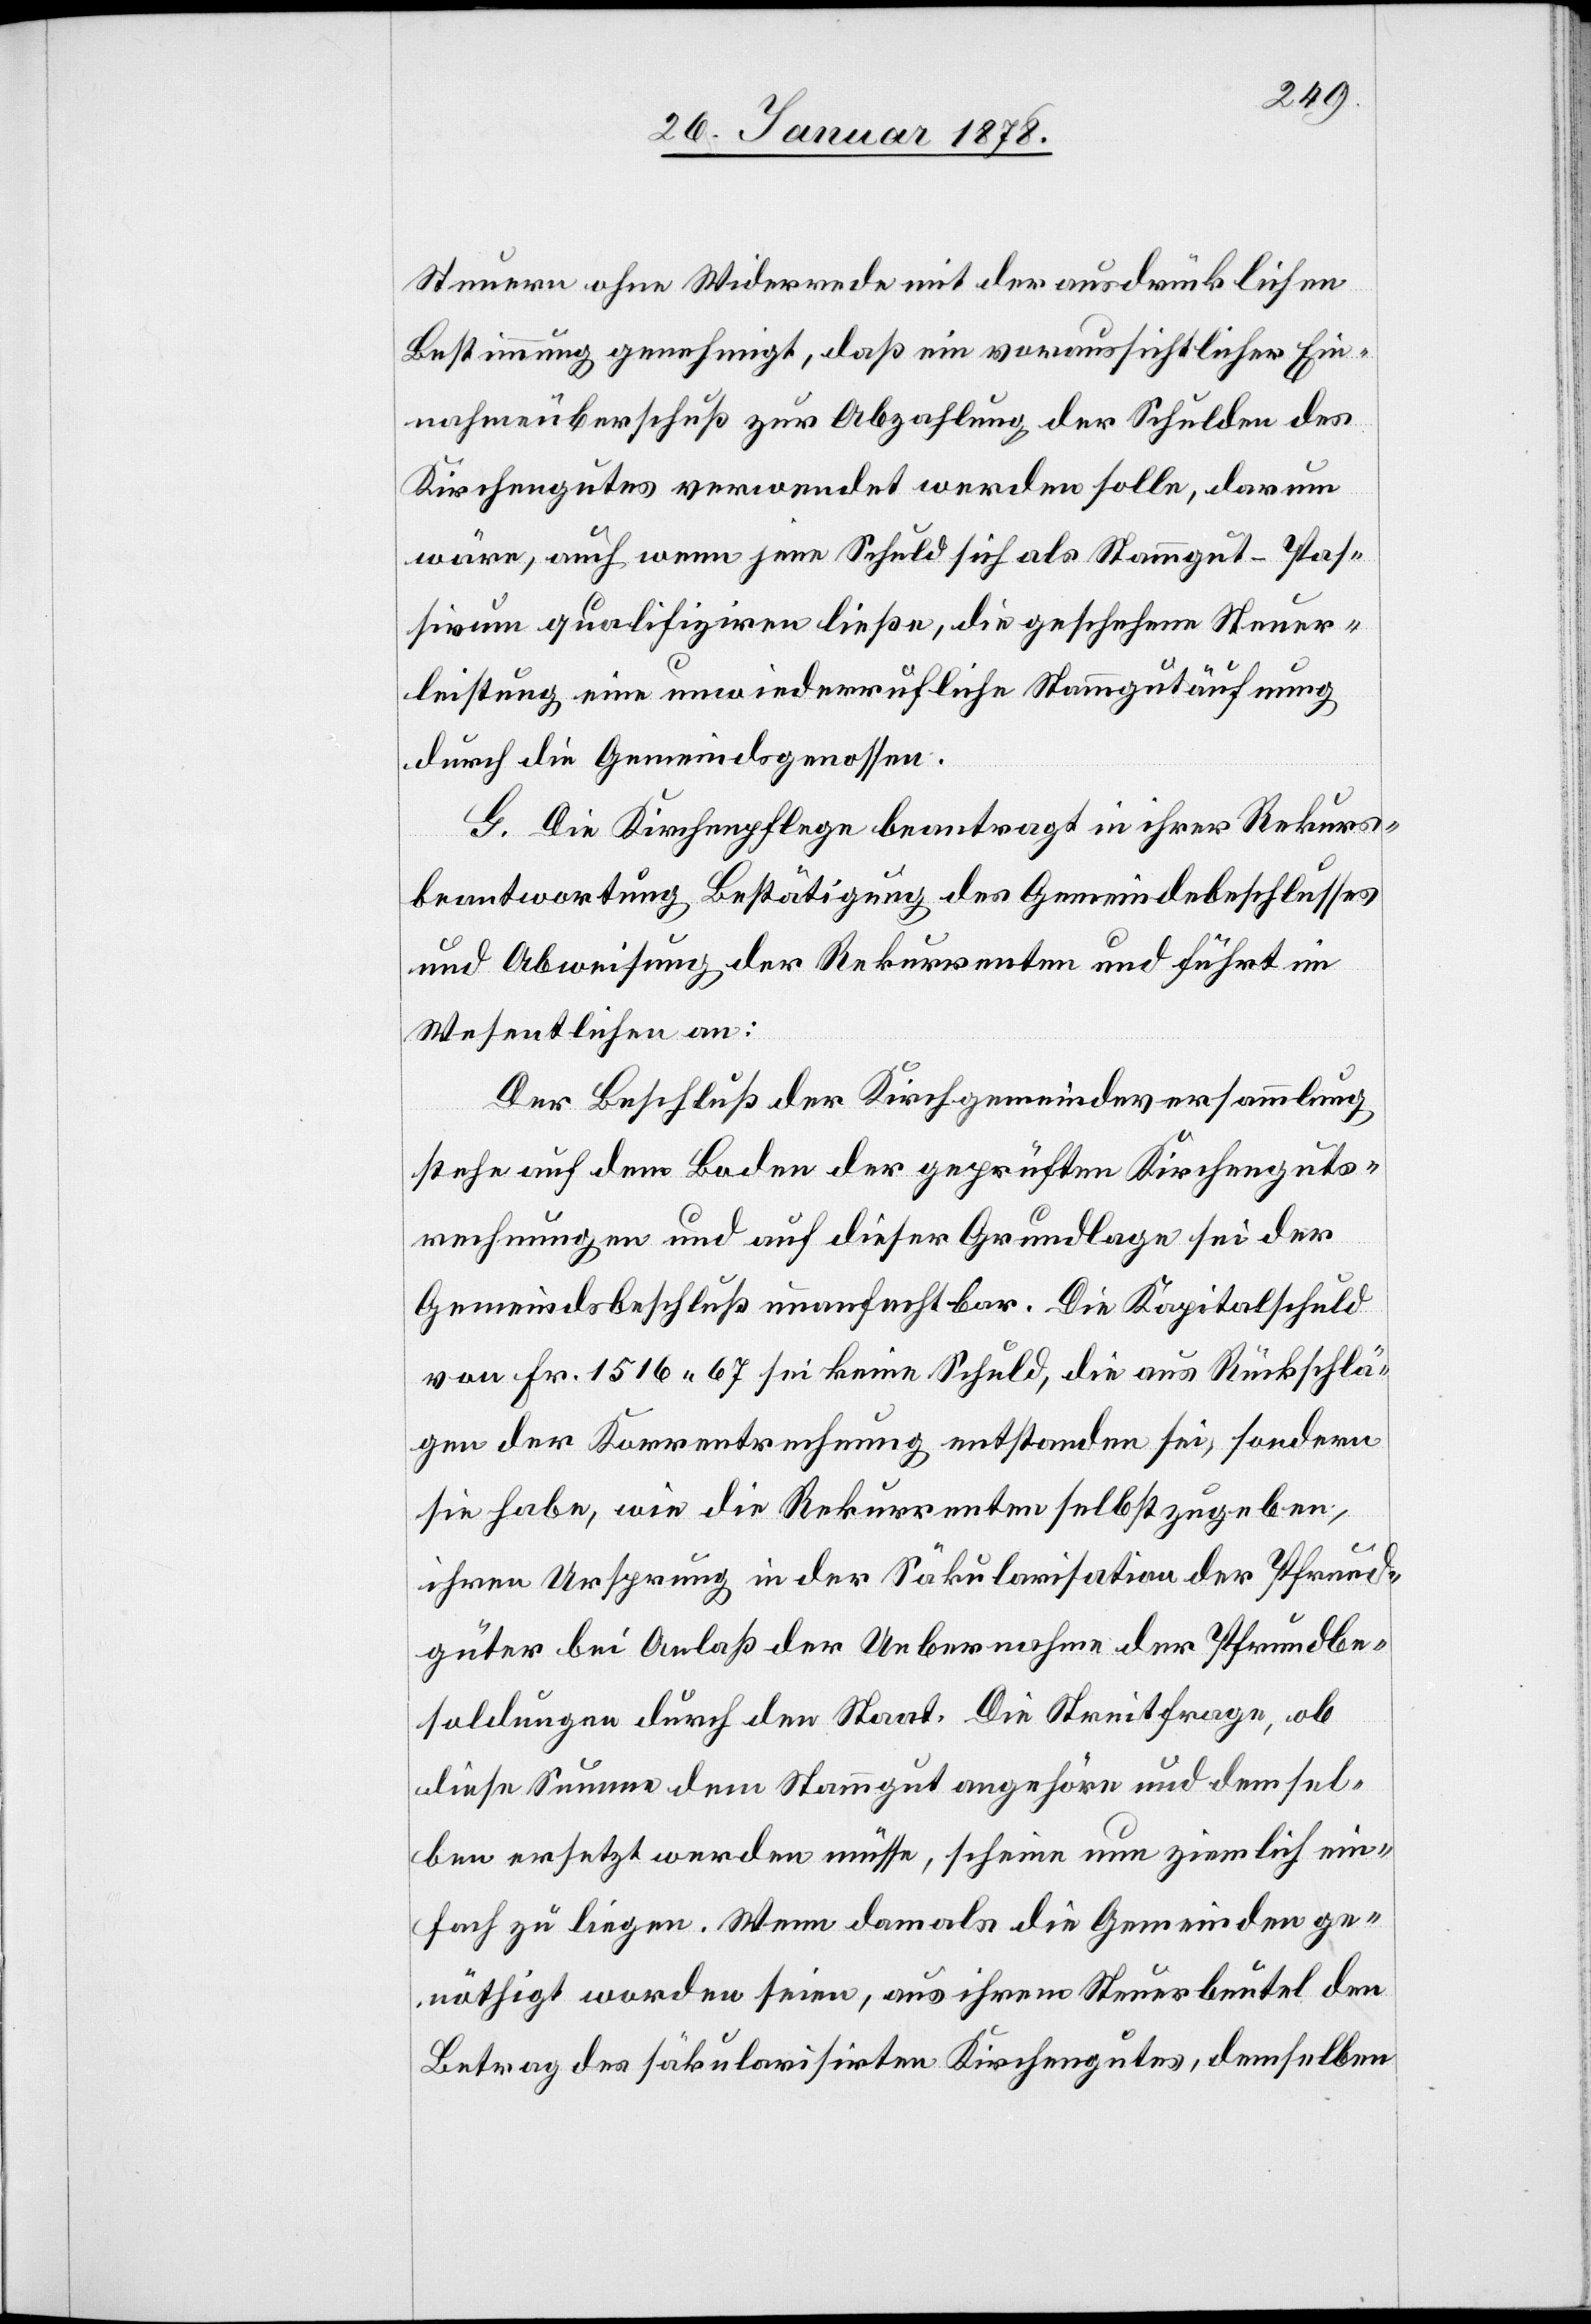
Steuern ohne Widerrede mit der ausdrücklichen
Bestimmung genehmigt, daß ein voraussichtlicher Ein¬
nahmeüberschuß zur Abzahlung der Schulden des
Kirchengutes verwendet werden solle, darum
wäre, auch wenn jene Schuld sich als Stammgut-Pas¬
sivum qualifiziren ließe, die geschehene Steuer¬
leistung eine unwiederrufliche Stammäufnung
durch die Gemeindegenossen.
G. Die Kirchenpflege beantragt in ihrer Rekurs¬
beantwortung Bestätigung des Gemeindebeschlusses
und Abweisung der Rekurrenten und führt im
Wesentlichen an:
Der Beschluß der Kirchgemeindeversammlung
stehe auf dem Boden der geprüften Kirchenguts¬
rechnungen und auf dieser Grundlage sei der
Gemeindsbeschluß unanfechtbar. Die Kapitalschuld
von Fr. 1516. 67 sei keine Schuld, die aus Rückschlä¬
gen der Korrentrechnung entstanden sei, sondern
sie habe, wie die Rekurrenten selbst zugeben,
ihren Ursprung in der Säkularisation der Pfrund¬
güter bei Anlaß der Uebernahme der Pfrundbe¬
soldungen durch den Staat. Die Streitfrage, ob
diese Summe dem Stammgut angehöre und dem sel¬
ben ersetzt werden müsse, scheine nun ziemlich ein¬
fach zu liegen. Wenn damals die Gemeinden ge¬
nöthigt worden seien, aus ihrem Steuerbeutel den
Betrag des säkularisirten Kirchengutes, demselben